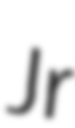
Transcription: Jr